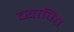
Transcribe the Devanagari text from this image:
व्यापित